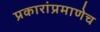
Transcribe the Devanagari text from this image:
प्रकारांप्रमाणेच